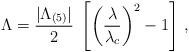
LaTeX: \begin{align*}\Lambda = \frac{|\Lambda_{(5)}|}{2}\;\left[\left(\frac{\lambda}{\lambda_c}\right)^2-1\right] \, ,\end{align*}